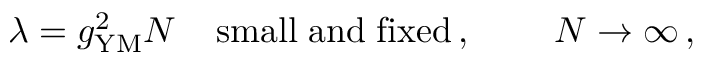
\lambda = g _ { \mathrm { Y M } } ^ { 2 } N \; \; \; \; \mathrm { s m a l l \; a n d \; f i x e d } \, , \; \; \; \; \; \; \; \; N \rightarrow \infty \, , \; \;